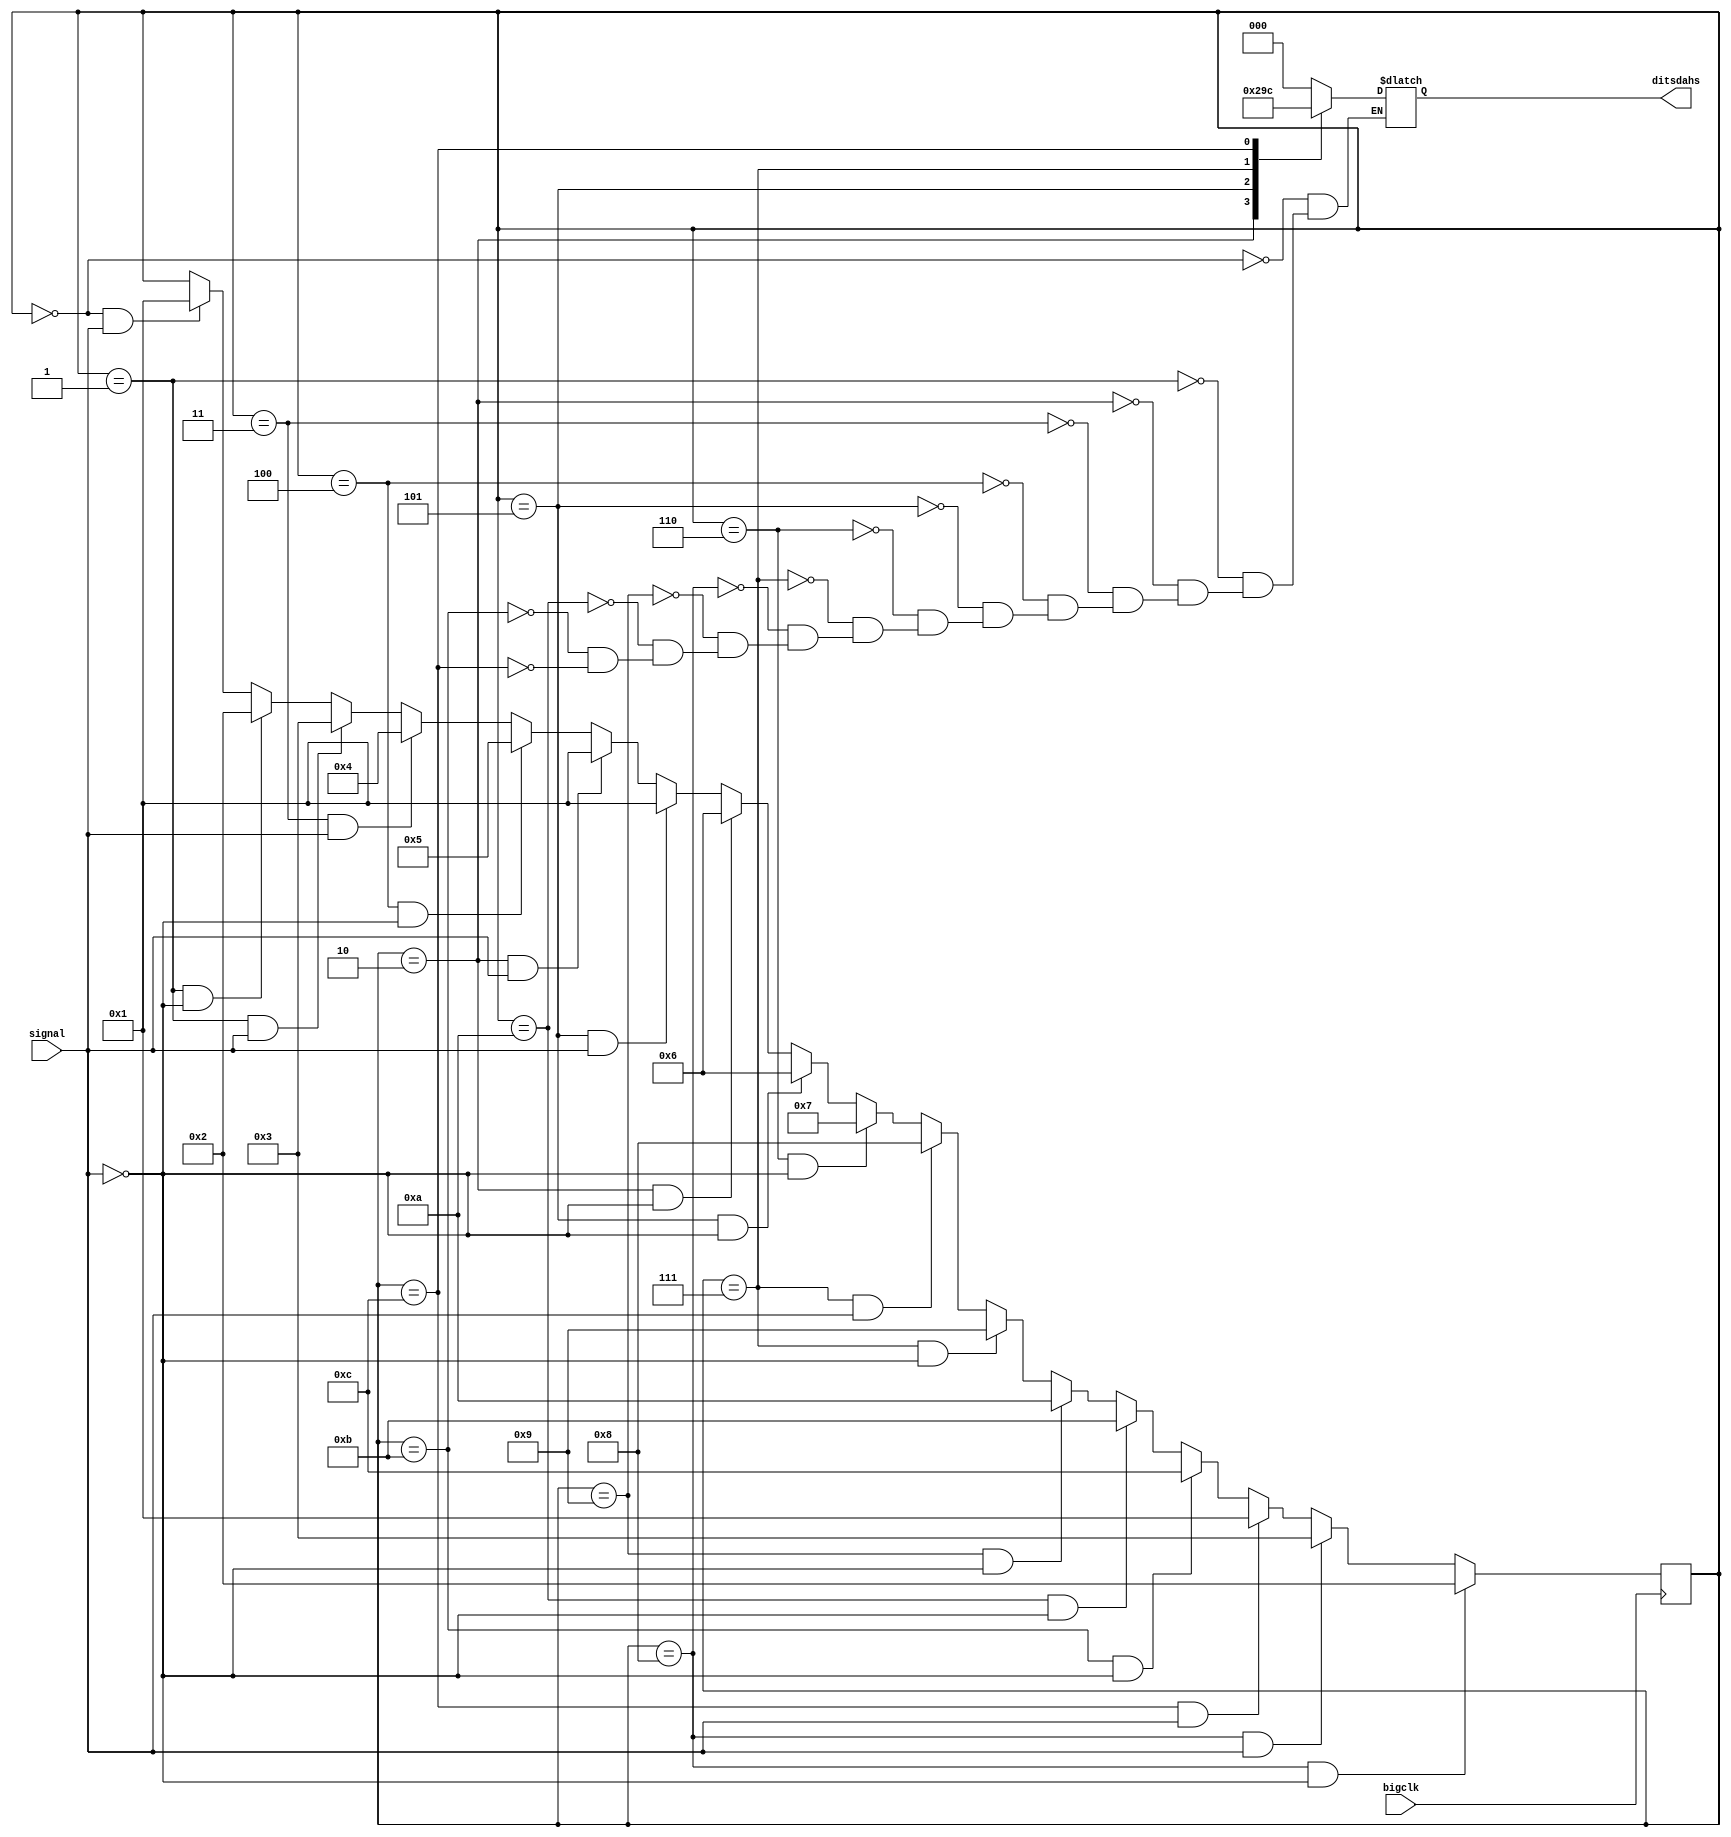
// Outdated machine that converted a signal to dits and dahs.

`define WAIT 3'h0
`define DIT 3'h1
`define DAH 3'h2
`define GAP 3'h3
`define SPACE 3'h4


module DitsMachine (
  output reg [2:0] ditsdahs,
  input signal,
  input bigclk
  );

// State encoding (binary counter)
reg [3:0] state;
localparam INIT = 0,
           GOTONE = 1,
           ONEZERO = 2,
           ONEONE = 3,
           ONEONEONE = 4,
           ONEONEONEZERO = 5,
           ZEROZERO = 6,
           ZEROZEROZERO = 7,
           ZEROZEROZEROONE = 8,
           ZEROZEROZEROZERO= 9,
           ZEROZEROZEROZEROZERO = 10,
           ZEROZEROZEROZEROZEROZERO = 11,
           ZEROZEROZEROZEROZEROZEROZERO = 12;


//Initialize state to IF_
initial begin
  state = INIT;
end

// Change state on the p-clk edge
always @ (posedge bigclk) begin
  // Transitions from IF_
  if (state == INIT && signal == 1) begin
    state <= GOTONE;
  end
  if (state == GOTONE && signal == 0) begin
    state <= ONEZERO;
  end
  if (state == GOTONE && signal == 1) begin
    state <= ONEONE;
  end
  if (state == ONEONE && signal == 1) begin
    state <= ONEONEONE;
  end
  if (state == ONEONEONE && signal == 0) begin
    state <= ONEONEONEZERO;
  end
  if (state == ONEZERO && signal == 1) begin
    state <= GOTONE;
  end
  if (state == ONEONEONEZERO && signal == 1) begin
    state <= GOTONE;
  end
  if (state == ONEZERO && signal == 0) begin
    state <= ZEROZERO;
  end
  if (state == ONEONEONEZERO && signal == 0) begin
    state <= ZEROZERO;
  end
  if (state == ZEROZERO && signal == 0) begin
    state <= ZEROZEROZERO;
  end
  if (state == ZEROZEROZERO && signal == 1) begin
    state <= ZEROZEROZEROONE;
  end
  if (state == ZEROZEROZERO && signal == 0) begin
    state <= ZEROZEROZEROZERO;
  end
  if (state == ZEROZEROZEROZERO && signal == 0) begin
    state <= ZEROZEROZEROZEROZERO;
  end
  if (state == ZEROZEROZEROZEROZERO && signal == 0) begin
    state <= ZEROZEROZEROZEROZEROZERO;
  end
  if (state == ZEROZEROZEROZEROZEROZERO && signal == 0) begin
    state <= ZEROZEROZEROZEROZEROZEROZERO;
  end
  if (state == ZEROZEROZEROZEROZEROZEROZERO && signal == 1) begin
    state <= GOTONE;
  end
  if (state == ZEROZEROZEROONE && signal == 1) begin
    state <= ONEONE;
  end
  if (state == ZEROZEROZEROONE && signal == 0) begin
    state <= ONEZERO;
  end
  // if (state == EX_SUB) begin
  //   state <= WB_ADD_SUB_SLT;
  // end
  // if (state == EX_SLT) begin
  //   state <= WB_ADD_SUB_SLT;
  // end
  // if (state == EX_JR) begin
  //   state <= IF_;
  // end
  // if (state == EX_BEQ) begin
  //   state <= IF_;
  // end
  // if (state == EX_BNE) begin
  //   state <= IF_;
  // end
  // // Transitions from MEM
  // if (state == MEM_LW) begin
  //   state <= WB_LW;
  // end
  // if (state == MEM_SW) begin
  //   state <= IF_;
  // end
  //
  // // Transition from WB
  // if (state == WB_LW || state == WB_ADDI_XORI || state == WB_ADD_SUB_SLT) begin
  //   state <= IF_;
  // end
end

// output reg logic (depends only on state - Moore machine)
always @ (state) begin
  case (state)
    INIT: begin ditsdahs = 0; end
    GOTONE: begin ditsdahs = 0; end
    ONEZERO: begin ditsdahs = 1; end
    ONEONE: begin ditsdahs = 0; end
    ONEONEONE: begin ditsdahs = 0; end
    ONEONEONEZERO: begin ditsdahs = 2; end
    ZEROZERO: begin ditsdahs = 0; end
    ZEROZEROZERO: begin ditsdahs = 3; end
    ZEROZEROZEROONE: begin ditsdahs = 0; end
    ZEROZEROZEROZERO: begin ditsdahs = 0; end
    ZEROZEROZEROZEROZERO: begin ditsdahs = 0; end
    ZEROZEROZEROZEROZEROZERO: begin ditsdahs = 0; end
    ZEROZEROZEROZEROZEROZEROZERO: begin ditsdahs = 4; end
  endcase
end
endmodule // DitsMachine